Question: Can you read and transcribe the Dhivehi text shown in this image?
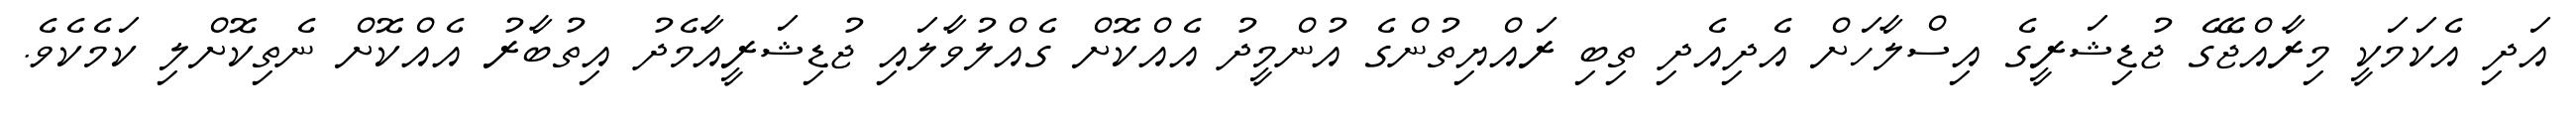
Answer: އަދި އެކަމަކީ މިރާއްޖޭގެ ޖުޑިޝަރީގެ އިސްލާހަށް އެދިއެދި ތިބި ރައްޔިތުންގެ އުންމީދު އެއްކޮށް ގެއްލުވާލައި ޖުޑިޝަރީއާމެދު އިތުބާރު އެއްކޮށް ނެތިކޮށްލި ކަމެކެވެ.